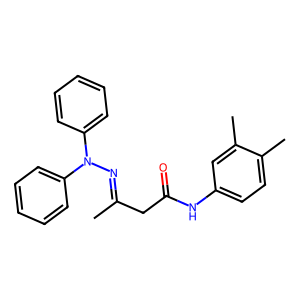
SMILES: CC(CC(=O)Nc1ccc(C)c(C)c1)=NN(c1ccccc1)c1ccccc1
Inhibits HIV replication: No